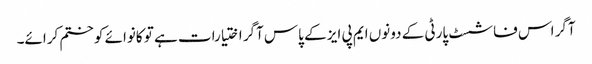
آگر اس فاشسٹ پارٹی کے دونوں ایم پی ایز کے پاس آگر اختیارات ہے تو کانوائے کو ختم کرائے۔